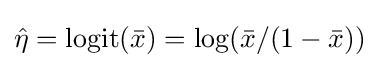
{\hat {\eta }}={\text{logit}}({\bar {x}})=\log({\bar {x}}/(1-{\bar {x}}))